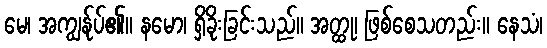
မေ၊ အကျွန်ုပ်၏။ နမော၊ ရှိခိုးခြင်းသည်။ အတ္ထု၊ ဖြစ်စေသတည်း။ နေသံ၊